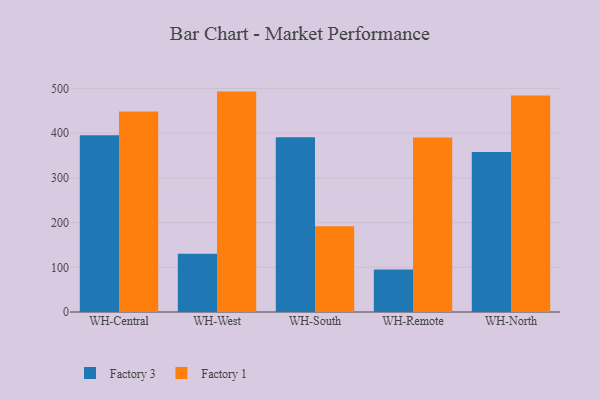
{"axis": {"x": "Warehouse", "y": "Net Income (USD K)"}, "legend": ["Factory 1", "Factory 3"], "data": [{"x": "WH-Central", "y": 395.5, "type": "Factory 3"}, {"x": "WH-Central", "y": 448.4, "type": "Factory 1"}, {"x": "WH-West", "y": 130.5, "type": "Factory 3"}, {"x": "WH-West", "y": 493.1, "type": "Factory 1"}, {"x": "WH-South", "y": 390.8, "type": "Factory 3"}, {"x": "WH-South", "y": 191.9, "type": "Factory 1"}, {"x": "WH-Remote", "y": 95.0, "type": "Factory 3"}, {"x": "WH-Remote", "y": 390.2, "type": "Factory 1"}, {"x": "WH-North", "y": 357.9, "type": "Factory 3"}, {"x": "WH-North", "y": 484.6, "type": "Factory 1"}]}